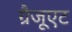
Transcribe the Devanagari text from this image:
ग्रैजूएट